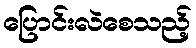
ပြောင်းလဲစေသည့်